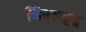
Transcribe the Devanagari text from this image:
निष़लकूत्तु